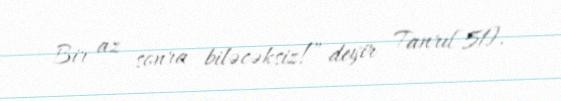
Bir az sonra biləcəksiz!” deyir Tanrı[51].